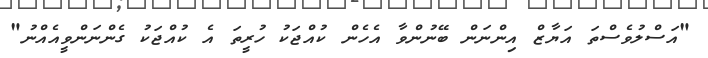
"އަސްލުވެސްތަ އަޔާޒް އިންނަން ބޭނުންވާ އެހެން ކުއްޖަކު ހުރީތަ އެ ކުއްޖަކު ގެންނަންވީއެއްނު"